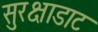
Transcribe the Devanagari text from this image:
सुरक्षाडाट